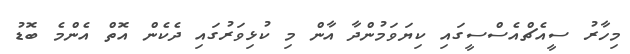
މިހާރު ސީއެޗްއެސްސީގައި ކިޔަވަމުންދާ އާން މި ކުޅިވަރުގައި ދެކެން އޮތް އެންމެ ބޮޑު